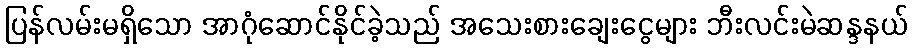
ပြန်လမ်းမရှိသော အာဂုံဆောင်နိုင်ခဲ့သည် အသေးစားချေးငွေများ ဘီးလင်းမဲဆန္ဒနယ်